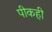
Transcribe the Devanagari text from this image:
पीकही